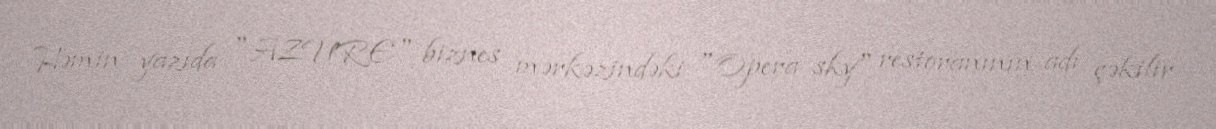
Həmin yazıda "AZURE" biznes mərkəzindəki "Opera sky" restoranının adı çəkilir